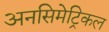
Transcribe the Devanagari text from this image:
अनसिमेट्रिकल